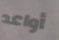
أواعد